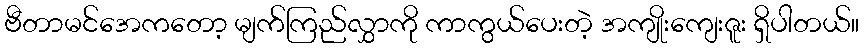
ဗီတာမင်အေကတော့ မျက်ကြည်လွှာကို ကာကွယ်ပေးတဲ့ အကျိုးကျေးဇူး ရှိပါတယ်။